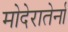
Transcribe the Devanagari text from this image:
मोदेरातेर्ना